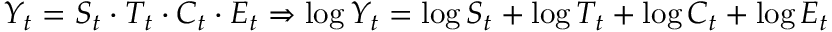
Y _ { t } = S _ { t } \cdot T _ { t } \cdot C _ { t } \cdot E _ { t } \Rightarrow \log Y _ { t } = \log S _ { t } + \log T _ { t } + \log C _ { t } + \log E _ { t }